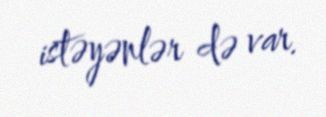
istəyənlər də var.